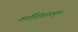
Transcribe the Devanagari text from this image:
कार्डियोव्हॅस्क्युलर